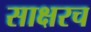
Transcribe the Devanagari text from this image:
साक्षरच